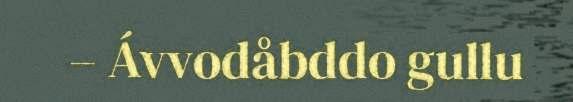
– Ávvodåbddo gullu